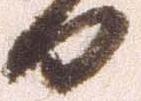
日